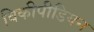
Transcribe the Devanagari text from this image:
विकीपीडियन